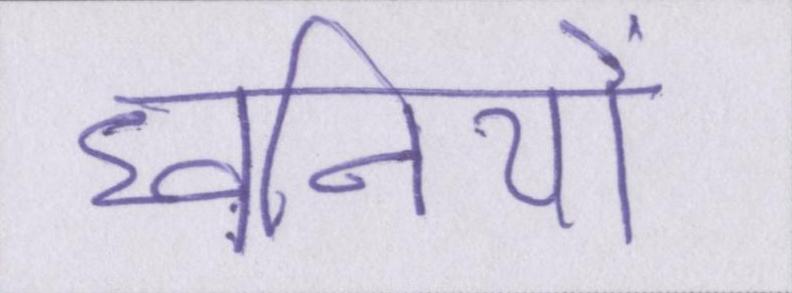
ध्वनियों